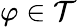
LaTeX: \varphi\in{\mathcal{T}}